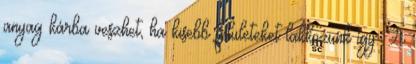
anyag kárba veszhet, ha kisebb felületeket lakkozunk így. A